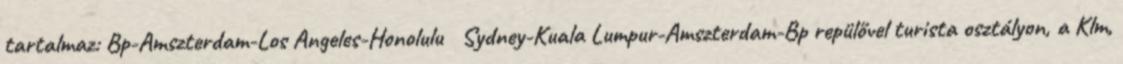
tartalmaz: Bp-Amszterdam-Los Angeles-Honolulu Sydney-Kuala Lumpur-Amszterdam-Bp repülővel turista osztályon, a Klm,